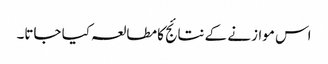
اس موازنے کے نتائج کا مطالعہ کیا جاتا۔